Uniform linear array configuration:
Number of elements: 48
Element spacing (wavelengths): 0.5
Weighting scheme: hann
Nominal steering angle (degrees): -60
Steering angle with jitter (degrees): -60.703
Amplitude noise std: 0.05
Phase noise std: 0.05

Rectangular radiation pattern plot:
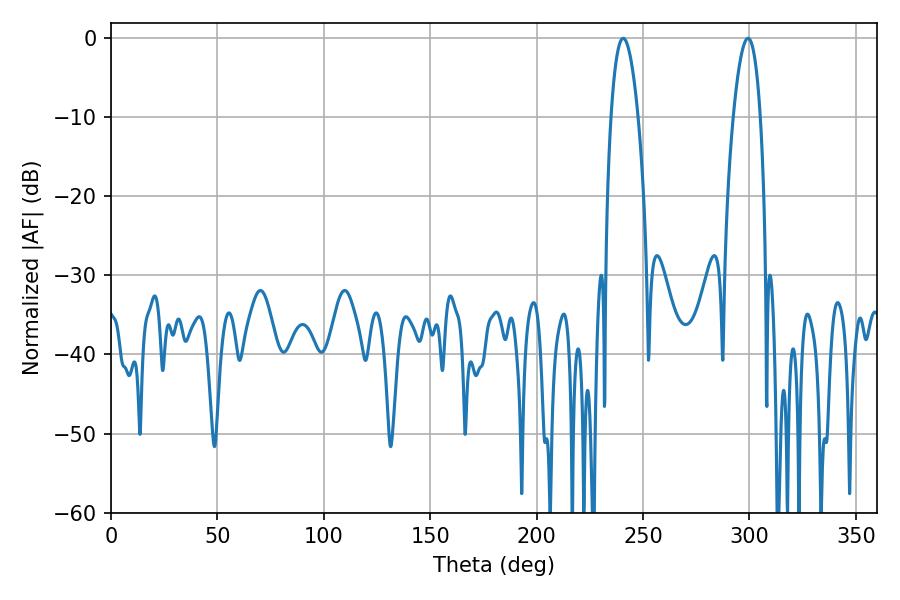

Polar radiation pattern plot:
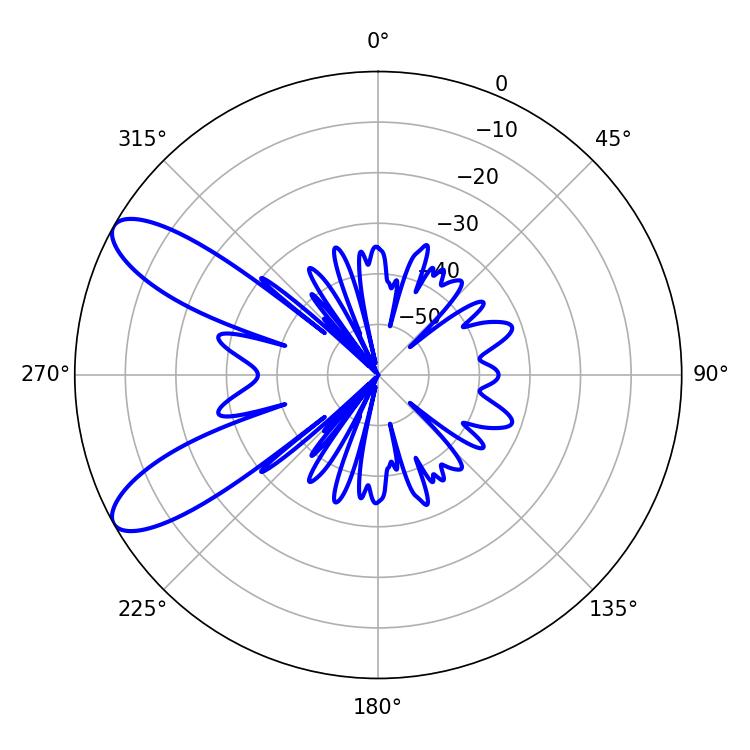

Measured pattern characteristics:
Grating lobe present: FALSE
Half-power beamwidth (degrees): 7.02
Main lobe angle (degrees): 240.66